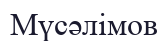
Мүсәлімов